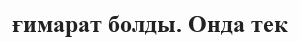
ғимарат болды. Онда тек